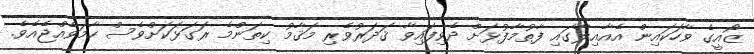
ޒޯއީގެ ވާހަކައިން އެއާއިލާގައި ފާތުމާފުޅަށް ދެވިފައިވާ ޤަދަރުވެރި މަޤާމު ކިތަންމެ ރަގަޅަކަށްވެސް ހާމަވެއްޖެއެވެ.